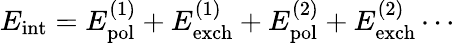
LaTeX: E_{\mathrm{int}}=E_{\mathrm{pol}}^{(1)}+E_{\mathrm{exch}}^{(1)}+E_{\mathrm{pol}}^{(2)}+E_{\mathrm{exch}}^{(2)}\cdots